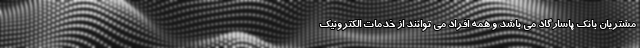
مشتریان بانک پاسارگاد می باشد و همه افراد می توانند از خدمات الکترونیک